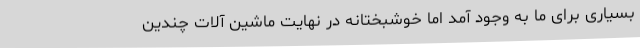
بسیاری برای ما به وجود آمد اما خوشبختانه در نهایت ماشین آلات چندین